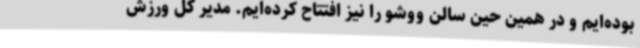
بوده‌ایم و در همین حین سالن ووشو را نیز افتتاح کرده‌ایم. مدیر کل ورزش